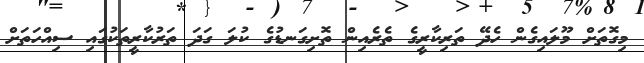
މިގޮތަށް މޫލައިގެން ހެދޭ ތަރިކާރީގެ ތެރެއިން ތޮށިގަނޑުގެ ކުލަ ގަދަ ތަރުކާރީތަކުގައި ސިއްހަތަށް